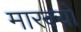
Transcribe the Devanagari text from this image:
मारक्यों